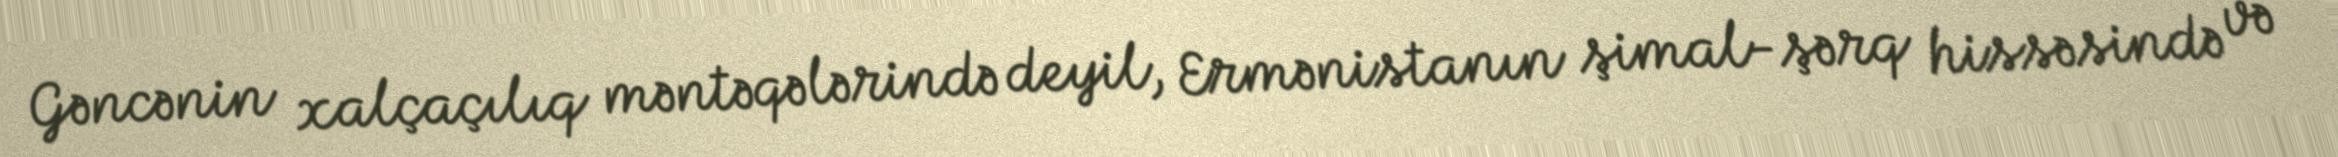
Gəncənin xalçaçılıq məntəqələrində deyil, Ermənistanın şimal-şərq hissəsində və